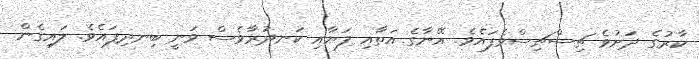
ކާރުގެ ދަށުވެ ޗިސްޗިސްވެފައެވެ. އޭނާގެ އަތާއި ފަޔާއި ކަނދުރާވެސް ވަނީ ބިނދިފައެވެ. ލައިގެން